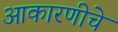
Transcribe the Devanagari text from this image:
आकारणीचे